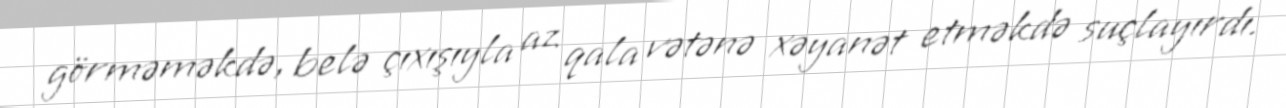
görməməkdə, belə çıxışıyla az qala vətənə xəyanət etməkdə suçlayırdı.